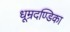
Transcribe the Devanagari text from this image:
धूम्रदण्डिका